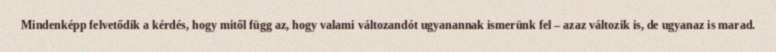
Mindenképp felvetődik a kérdés, hogy mitől függ az, hogy valami változandót ugyanannak ismerünk fel – azaz változik is, de ugyanaz is marad.